Vital statistics of India. Vol. VI, European troops 1870-79
Year: 1870
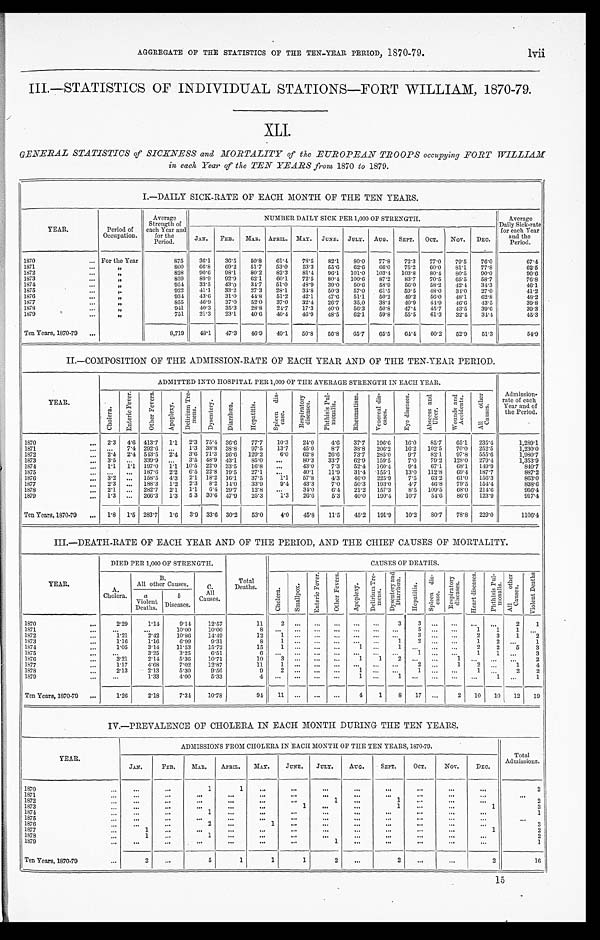
lvii
AGGREGATE OF THE STATISTICS OF THE TEN-YEAR, PERIOD, 1870-79.
III.—STATISTICS OF INDIVIDUAL STATIONS—FORT WILLIAM, 1870-79.
XLI.
GENERAL STATISTICS of SICKNESS and MORTALITY of the EUROPEAN TROOPS occupying FORT WILLIAM
in each Year of the TEN YEARS from 1870 to 1879.
I.—DAILY SICK-RATE OF EACH MONTH OF THE TEN YEARS.
YEAR.
Period of
Occupation.
Average
Strength of
each Year and
for the
Period.
NUMBER DAILY SICK PER 1,000 OF STRENGTH.
Average
Daily Sick-rate
for each Year
and the
Period.
JAN.
FEB.
MAR. APRIL. MAY.
JUNE.
JULY.
AUG.
SEPT.
OCT.
Nov.
DEC.
1870
... For the Year
875
36.1
36.5
50.8
61.4
78.5
82.1
80.0
77.8
72.3
77.0
79.5
76.0
67.4
1871
...
„
800
66.8
69.2
51.7
53.0
53.3
55.6
62.6
66.0
75.2
60.0
81.1
77.8
62.5
1872
...
„
828
90.6
98.1
80.2
82.3
81.4
96.1
101 . 0
103.4
103 . 8
80.4
80.5
90.0
90.6
1873
...
„
859
89.9
92.9
62.1
60.1
72.5
80.4
100 . 6
87.2
83.7
70.5
65.5
58.7
76.8
1874
...
„
954
33.5
43.0
34.7
51.0
48.9
39.0
50.6
58.9
56.0
58.2
42.4
34.3
46.1
1875
...
„
922
41.1
33.2
27.3
28.1
34.8
50.3
57.0
61.5
59.5
48.0
34.0
27.0
41.2
1876
...
„
934
43.6
31.0
44.8
51.2
42.1
47.6
51.1
50.2
49.2
56.0
48.1
62.8
48.2
1877
...
„
855
46.9
37.0
52.0
37.0
32.4
26.7
35.0
38.4
40.9
44.9
46.6
43.5
39.8
1878
...
„
941
40.3
35.3
28.8
24.7
17.3
40.0
56.3
50.8
47.4
45.7
43.5
39.6
39.3
1879
...
„
751
21.3
23.1
40.6
40.4
46.9
48.5
62.1
59.8
55.5
61.3
32.4
34.4
45.3
Ten Years, 1870-79 ...
8,719
48.1
47.3
46.9
49.1
56.8
56.8
65.7
65.5
64.4
60.2
52.9
51.3
54.9
II.—COMPOSITION OF THE ADMISSION-RATE OF EACH YEAR AND OF THE TEN-YEAR PERIOD.
YEAR.
ADMITTED INTO HOSPITAL PER 1,000 OF THE AVERAGE STRENGTH IN EACH YEAR.
Admission-
rate of each
Year and of
the Period.
C h o l e r a .
E n t e r i c F e v e r .
O t h e r F e v e r s .
A p o p l e x y .
D e l i r i u m T r e -
m e n s .
D y s e n t e r y .
D i a r r h œ a .
H e p a t i t i s .
S p l e e n d i s -
e a s e .
R e s p i r a t o r y
d i s e a s e s .
Pht hi si s Pul -
monal i s.
R h e u m a t i s m .
V e n e r e a l d i s -
e a s e s .
E y e d i s e a s e s .
A b s c e s s a n d
U l e e r .
W o u n d s a n d
A c c i d e n t s .
A l l o t h e r
C a u s e s .
1870
...
2.3
4.6 413.7
1.1
2.3 75.4 36.6
77.7
10.3
24.0
4.6
37.7
196.6
16.0
85.7
65.1
235.4
1,289.1
1871
...
. . .
7.4 292 . 6
...
1.3
38 . 8 38 . 8
97.5
13.7
45.0
8.7
38.8
206.2
16.2
102 . 5
70.0
252.5
1,230.0
1872
...
2.4 2.4 543.5 2.4 3.6 71.3 26 . 6 129.2
6.0
62.8
26.6
73.7
285.0
9.7
82.1
97.8
555 . 6
1,980.7
1873
...
3.5
...
339 . 9
...
3.5
48 . 9 43 . 1
85.0
...
80.3
33.7
62.9
159.5
7.0
79.2
128.0
279.4
1,353.9
1874
...
1.1 1.1 197 . 0 1.1 10 . 5 22 . 0 33.5
16.8
...
43.0
7.3
52.4
160 . 4
9.4
67.1
68.1
149.9
840.7
1875
...
...
...
187 . 6
2.2
6 . 5 22 . 8 19.5
27.1
...
40.1
11.9
31.4
155.1
13.0
112.8
69.4
187.7
887.2
1876
...
3 . 2
...
158.5
4. 3
2.1
18.2
16 . 1
37.5
1 . 1 57.8
4.3
46.0
225.9
7.5
63.2
61.0
156.3
863.0
1877
...
2.3
...
188.3
1.2
2.3
8.2 14. 0
33.9
9.4
43.3
7.0
50.3
193.0
4.7
46.8
79.5
154.4
838.6
1878
...
2.1
...
282 . 7
2.1
1.1
6.4 29 . 7
12.8
...
34.0
6.4
21.2
157.3
8.5
109.5
68.0
214.6
956.4
1879
...
1.3
...
266.3
1.3
5.3 30.6 47.9
25.3
1.3
26.6
5.3
40.0
190.4
10.7
54.6
86.6
123.9
917.4
Ten Years, 1870-79
...
1.8
1 . 5 283.7
1.6
3.9 33.6 30.2
53.0
4.0
45.8
11.5
45.2
191.9
10.2
80.7
78.8
229.0
1106.4
III.—DEATH-RATE OF EACH YEAR AND OF THE PERIOD, AND THE CHIEF CAUSES OF MORTALITY.
YEAR.
DIED PER 1,000 OF STRENGTH.
Total
Deaths.
CAUSES OF DEATHS.
A.
Cholera.
B.
All other Causes.
C.
All
Causes.
C h o l e r a .
Smal l pox.
E n t e r i c F e v e r .
O t h e r F e v e r s .
A p o p l e x y .
D e l i r i u m T r e -
m e n s .
Dysent ery and
Diarrhœa.
He p a t i t i s .
S p l e e n d i s -
ease.
R e s p i r a t o r y
d i s e a s e s .
H e a r t d i s e a s e s .
P h t h i s i s P u l -
m o n a l i s .
A l l o t h e r
C a u s e s .
V i o l e n t D e a t h s
a
Violent
Deaths.
b
Diseases.
1870
...
2.29
1.14
9.14
12.57
11
2
...
. . .
. . ....
. . .
3
3
...
...
...
...
2
1
1871
...
...
...
10.00
10.00
8 ...
...
. . .
. . ....
. . ....
5
...
...
1
1
1
. . .
1872
...
1.21
2.42
10.86
14.49
12
1
...
. . .
. . .
...
...
...
3
...
...
2
3
1
2
1873
...
1.16
1.16
6.99
9.31
8
1
...
...
...
...
...
1
2 ...
...
1
2
...
1
1874
...
1.05
3.14
11.53
15.72
15
1 ...
. . .
. . .
1
. . . 1
... ...
...
2
2
5
3
1875
...
. . .
3.25
3.25
6.51
6
. . . ...
. . .
. . ....
. . .
...
1 ...
...
1
1 ...
3
1876
...
3.21
2.14
5.36
10.71
10
3
...
. . .
...
1
1
2
... ...
1
...
...
...
2
1877
...
1.17
4.68
7.02
12.87
11 1
...
. . .
. . ....
. . . ...
2
...
1
2
. . .
1
4
1878
...
2.13
2.13
5.30
9.56
9 2
...
. . .
. . .
1
. . . ...
1
...
... 1
. . .
2
2
1879
...
...
1.33
4.00
5.33
4 ...
...
...
... 1
. . .
1
...
. . . ...
...
1 ...
1
Ten Years, 1870-79
...
1.26
2.18
7.34
10.78
94
11
...
...
...
4
1
8
17
...
2
10
10
12
19
IV.—PREVALENCE OF CHOLERA IN EACH MONTH DURING THE TEN YEARS.
YEAR.
ADMISSIONS FROM CHOLERA IN EACH MONTH OF THE TEN YEARS, 1870-79.
Total
Admissions.
JAN.
FEB.
MAR.
APRIL.
MAY.
JUNE.
JULY.
AUG.
SEPT.
OCT.
NOV.
DEC.
1870
. . .
...
...
1
1
...
. . .
. . .
. . .
. . .
. . .
. . .
...
2
1871
. . .
...
. . .
...
. . .
. . .
. . .
...
...
. . .
. . .
. . . . . .
. . .
1872
. . .
...
...
. . .
...
...
...
1
...
1
. . .
. . . . . .
2
1873
...
...
...
...
...
...
1
. . .
...
1
. . .
...
1
3
1874
. . .
. . .
. . .
1
. . .
. . .
. . .
. . .
. . .
. . .
. . .
. . . . . .
1
1875
...
...
...
...
...
...
...
. . .
. . .
. . .
. . .
...
. . .
. . .
1876
. . .
. . .
...
2
...
1 . . .
...
. . .
...
. . .
...
...
3
1877
...
1
...
...
...
...
...
...
...
...
. . .
...
1
2
1878
...
1
...
1
...
...
...
...
...
...
. . .
...
...
2
1879
...
. . .
...
. . .
. . .
...
...
1
...
...
...
...
. . .
1
Ten Years, 1870-79
...
2
...
5 1
1
1
2 ...
2
. . .
...
2
16
15